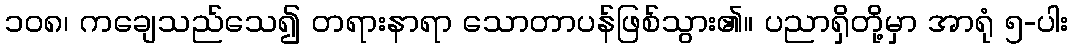
၁၀၈၊ ကချေသည်သေ၍ တရားနာရာ သောတာပန်ဖြစ်သွား၏။ ပညာရှိတို့မှာ အာရုံ ၅-ပါး